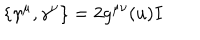
LaTeX: \left\{ \gamma ^ { \mu } , \gamma ^ { \nu } \right\} = 2 g ^ { \mu \nu } ( u ) I